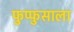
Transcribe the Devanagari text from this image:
फुप्फुसाला